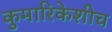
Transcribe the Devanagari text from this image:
कुमारिकेशीच